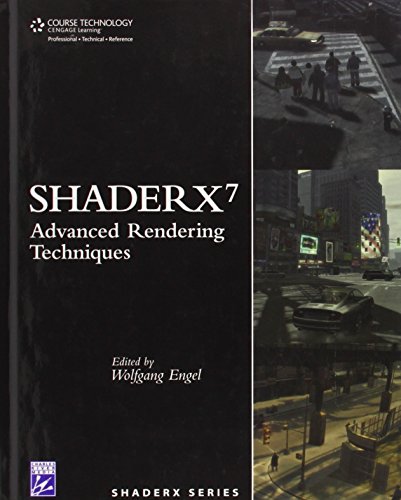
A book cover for ShaderX7: Advanced Rendering Techniques; Wolfgang Engel; Computers & Technology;